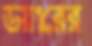
ডয়ারের